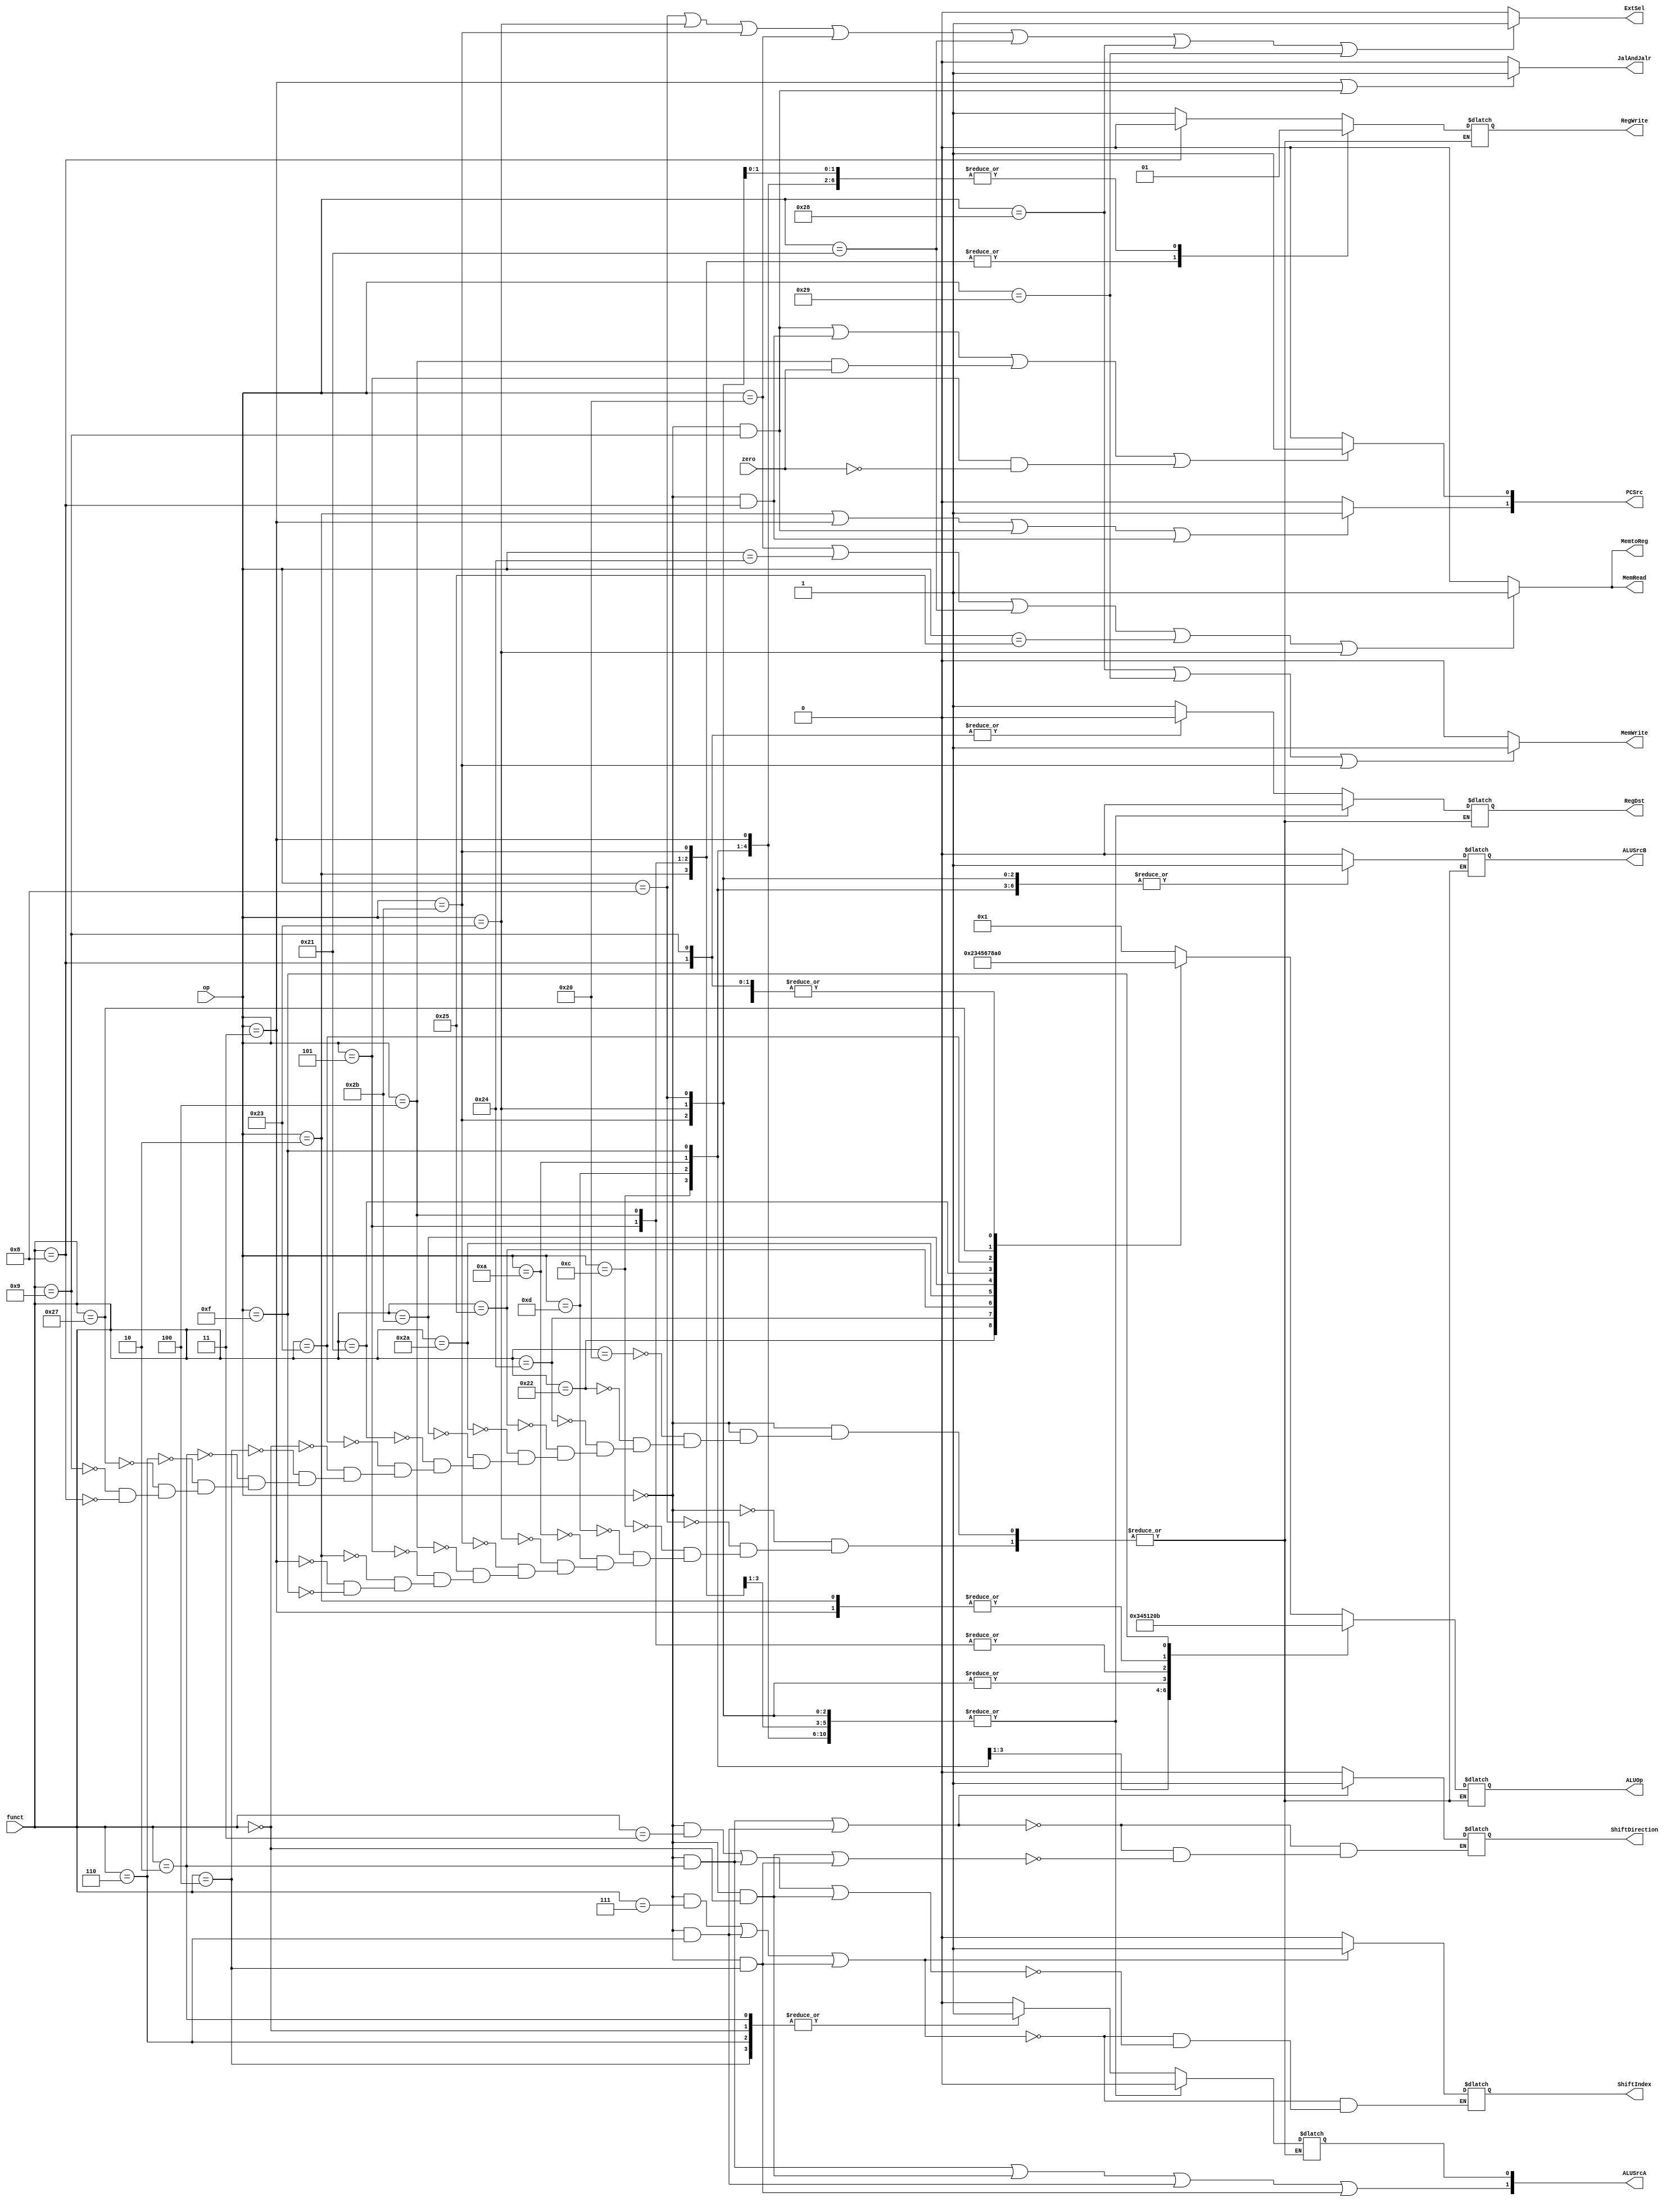
//Control Unit
///////////////////////////////////changed
module ControlUnit(
        input [5:0] op,//instruction[31:26]
	input [5:0] funct,//instruction[5:0]
        input zero,//zero flag, from ALU, used in bne & beq instruction
        output reg ExtSel,//extension, 0 zero extension, 1 sign extension
        output reg RegDst,// Register Write Source, 0 instruction[20:16], 1 instruction[15:11],or 'A3'
        output reg RegWrite,//in WriteBack stage, 'RFWr', 1 write
        output reg [1:0]ALUSrcA,//ALU oprand A source
        output reg ALUSrcB,//ALU oprand B source
        output reg [1:0]PCSrc,//Next PC source
        output reg [3:0]ALUOp,//ALUOp
        output reg MemRead,//Memory Read(load word/half word/byte/half byte),'DMRd'
        output reg MemWrite,//Memory Write(save word/half word/byte/half byte),'DMWr'
	output reg MemtoReg,//in WriteBack stage,Write ALU result or Memory back to Register
	output reg ShiftIndex,//input source for Shifter, 0 Instruction[10:6](srl/sll/sra), 1 Instruction[25:21](srlv/sllv/srav)
	output reg ShiftDirection,//0 left(sll/sllv), 1 right(srl/srlv)
	output reg JalAndJalr//1 jal/jalr
    );

    initial
    begin
        MemRead = 0;
        MemWrite = 0;
    end

    always@(op or zero or funct)
    begin
	ExtSel = (op == 6'b001000||op == 6'b100011||op == 6'b101011||op == 6'b100000||op == 6'b100001||op == 6'b101000||op == 6'b101001) ? 1 : 0;//addi/lw/sw/lb/lh/sb/sh; //detele lbu/lhu
	PCSrc[0] = (op == 6'b000000&&funct == 6'b001001||op == 6'b000000&&funct == 6'b001000||(op == 6'b000100&&zero)||(op == 6'b000101&&!zero)) ? 1 : 0;//jalr/jr/beq&zero/bne&~zero
	PCSrc[1] = (op == 6'b000010||op == 6'b000011||(op == 6'b000000&&funct == 6'b001001)||(op == 6'b000000&&funct == 6'b001000)) ? 1 : 0;//j/jal/jalr/jr
        MemRead = (op == 6'b100000||op == 6'b100100||op == 6'b100001||op == 6'b100101||op == 6'b100011) ? 1 : 0;//lb/lbu/lh/lhu/lw
	MemWrite = (op == 6'b101000||op == 6'b101001||op == 6'b101011) ? 1 : 0;//sb/sh/sw
        MemtoReg = (op == 6'b100000||op == 6'b100100||op == 6'b100001||op == 6'b100101||op == 6'b100011) ? 1 : 0;//lb/lbu/lh/lhu/lw
        ALUSrcA[1] = (op == 6'b000000&&funct == 6'b000010||op == 6'b000000&&funct == 6'b000000||op == 6'b000000&&funct == 6'b000110||op == 6'b000000&&funct == 6'b000100);//srl/sll/srlv/sllv

	//ShiftIndex
	if(op == 6'b000000&&funct == 6'b000111||op == 6'b000000&&funct == 6'b000110||op == 6'b000000&&funct == 6'b000100)//srav/srlv/sllv
	   begin
		ShiftIndex = 1;
	   end
	else if(op == 6'b000000&&funct == 6'b000011||op == 6'b000000&&funct == 6'b000010||op == 6'b000000&&funct == 6'b000000)//sra/srl/sll
	   begin
		ShiftIndex = 0;
	   end
	
	//ShiftDirection
	if(op == 6'b000000&&funct == 6'b000010||op == 6'b000000&&funct == 6'b000110)//srl/srlv
	   begin
		ShiftDirection = 1;
	   end
	else if(op == 6'b000000&&funct == 6'b000000||op == 6'b000000&&funct == 6'b000100)//sll/sllv
	   begin
		ShiftDirection = 0;
	   end

	JalAndJalr = (op == 6'b000011||op == 6'b000000&&funct == 6'b001001) ? 1 : 0;//jal and jalr

        case(op)
            6'b000000:
                begin
		    case(funct)
			//add
			6'b100000:
			    begin
				RegDst = 1;
				RegWrite = 1;
				ALUSrcA[0] = 0;
				ALUSrcB = 0;
				ALUOp = 4'b0001;
			    end
			//sub
			6'b100010:
			    begin
				RegDst = 1;
				RegWrite = 1;
				ALUSrcA[0] = 0;
				ALUSrcB = 0;
				ALUOp = 4'b0010;
			    end
			//and
			6'b100100:
			    begin
				RegDst = 1;
				RegWrite = 1;
				ALUSrcA[0] = 0;
				ALUSrcB = 0;
				ALUOp = 4'b0011;
			    end
			//or
			6'b100101:
			    begin
				RegDst = 1;
				RegWrite = 1;
				ALUSrcA[0] = 0;
				ALUSrcB = 0;
				ALUOp = 4'b0100;
			    end
			//slt
			6'b101010:
			    begin
				RegDst = 1;
				RegWrite = 1;
				ALUSrcA[0] = 0;
				ALUSrcB = 0;
				ALUOp = 4'b0101;
			    end
			//sltu
			6'b101011:
			    begin
				RegDst = 1;
				RegWrite = 1;
				ALUSrcA[0] = 0;
				ALUSrcB = 0;
				ALUOp = 4'b0110;
			    end
			//addu
			6'b100001:
			    begin
				RegDst = 1;
				RegWrite = 1;
				ALUSrcA[0] = 0;
				ALUSrcB = 0;
				ALUOp = 4'b0111;
			    end
			//subu
			6'b100011:
			    begin
				RegDst = 1;
				RegWrite = 1;
				ALUSrcA[0] = 0;
				ALUSrcB = 0;
				ALUOp = 4'b1000;
			    end
			//sll
			6'b000000:
			    begin
				RegDst = 1;
				RegWrite = 1;
				ALUSrcA[0] = 1;
				ALUSrcB = 0;
				ALUOp = 4'b0000;
			    end
			//sllv
			6'b000100:
			    begin
				RegDst = 1;
				RegWrite = 1;
				ALUSrcA[0] = 1;
				ALUSrcB = 0;
				ALUOp = 4'b0000;
			    end
			//srl
			6'b000010:
			    begin
				RegDst = 1;
				RegWrite = 1;
				ALUSrcA[0] = 1;
				ALUSrcB = 0;
				ALUOp = 4'b0000;
			    end
			//srlv
			6'b000110:
			    begin
				RegDst = 1;
				RegWrite = 1;
				ALUSrcA[0] = 1;
				ALUSrcB = 0;
				ALUOp = 4'b0000;
			    end
			//nor
			6'b100111:
			    begin
				RegDst = 1;
				RegWrite = 1;
				ALUSrcA[0] = 0;
				ALUSrcB = 0;
				ALUOp = 4'b1010;
			    end
			//jalr
			6'b001001:
			    begin
				RegDst = 0;
				RegWrite = 1;
				ALUSrcA[0] = 0;
				ALUSrcB = 0;
				ALUOp = 4'b0000;
			    end
			//jr
			6'b001000:
			    begin
				RegDst = 0;
				RegWrite = 0;
				ALUSrcA[0] = 0;
				ALUSrcB = 0;
				ALUOp = 4'b0000;
			    end
		    endcase
                end
            //addi
            6'b001000:
                begin
                    RegDst = 0;
                    RegWrite = 1;
                    ALUSrcA[0] = 0;
                    ALUSrcB = 1;
                    ALUOp = 4'b0001;
                end
            //andi
            6'b001100:
                begin
                    RegDst = 0;
                    RegWrite = 1;
                    ALUSrcA[0] = 0;
                    ALUSrcB = 1;
                    ALUOp = 4'b0011;
                end
            //ori
            6'b001101:
                begin
                    RegDst = 0;
                    RegWrite = 1;
                    ALUSrcA[0] = 0;
                    ALUSrcB = 1;
                    ALUOp = 4'b0100;
                end
            //slti
            6'b001010:
                begin
                    RegDst = 0;
                    RegWrite = 1;
                    ALUSrcA[0] = 0;
                    ALUSrcB = 1;
                    ALUOp = 4'b0101;
                end
            //lw
            6'b100011:
                begin
                    RegDst = 0;
                    RegWrite = 1;
                    ALUSrcA[0] = 0;
                    ALUSrcB = 1;
                    ALUOp = 4'b0001;
                end
            //sw
            6'b101011:
                begin
                    RegDst = 0;
                    RegWrite = 0;
                    ALUSrcA[0] = 0;
                    ALUSrcB = 1;
                    ALUOp = 4'b0001;
                end
            //beq
            6'b000100:
                begin
                    RegDst = 0;
                    RegWrite = 0;
                    ALUSrcA[0] = 0;
                    ALUSrcB = 0;
                    ALUOp = 4'b0010;
                end
            //bne
            6'b000101:
                begin
                    RegDst = 0;
                    RegWrite = 0;
                    ALUSrcA[0] = 0;
                    ALUSrcB = 0;
                    ALUOp = 4'b0010;
                end
            //j
            6'b000010:
                begin
                    RegDst = 0;
                    RegWrite = 0;
                    ALUSrcA[0] = 0;
                    ALUSrcB = 0;
                    ALUOp = 4'b0000;
                end
            //jal
            6'b000011:
                begin
                    RegDst = 0;
                    RegWrite = 1;
                    ALUSrcA[0] = 0;
                    ALUSrcB = 0;
                    ALUOp = 4'b0000;
                end
            //lui
            6'b001111:
                begin
                    RegDst = 0;
                    RegWrite = 1;
                    ALUSrcA[0] = 0;
                    ALUSrcB = 1;
                    ALUOp = 4'b1011;
                end
        endcase
    end
endmodule